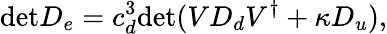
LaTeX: \mathrm{det}D_{e}=c_{d}^{3}\mathrm{det}(VD_{d}V^{\dagger}+{\kappa}D_{u}),